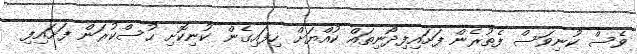
ވެސް ކުނިވަސް ފެތުރެން ފަށައިފިދޯނިތައް ކުއްޔަށް ހިފައިގެން ކުނިކޮށި ހުސްކުރަން ފަށައިފި